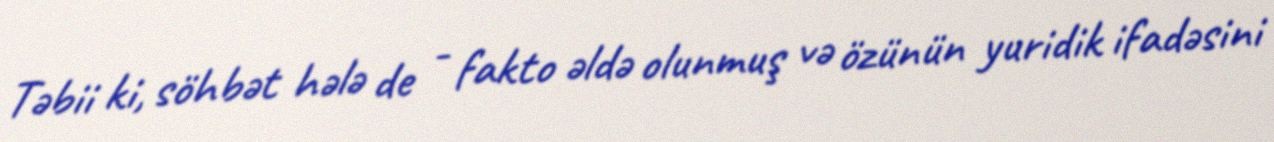
Təbii ki, söhbət hələ de - fakto əldə olunmuş və özünün yuridik ifadəsini